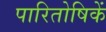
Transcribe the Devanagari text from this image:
पारितोषिकें